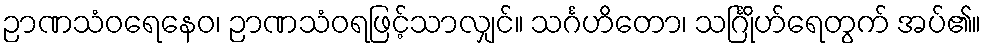
ဉာဏသံဝရေနေဝ၊ ဉာဏသံဝရဖြင့်သာလျှင်။ သင်္ဂဟိတော၊ သင်္ဂြိုဟ်ရေတွက် အပ်၏။